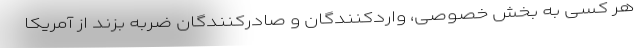
هر کسی به بخش خصوصی، واردکنندگان و صادرکنندگان ضربه بزند از آمریکا